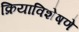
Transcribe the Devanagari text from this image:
क्रियाविशेषणे